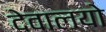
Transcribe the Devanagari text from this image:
देवालयो